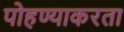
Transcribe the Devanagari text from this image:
पोहण्याकरता